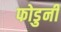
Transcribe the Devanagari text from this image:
फोडुनी